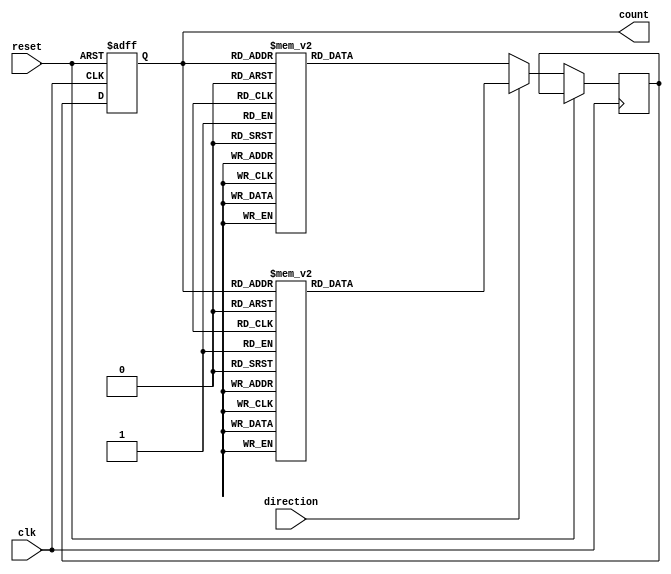
module BidirectionalGrayCounter (
    input clk,
    input reset,
    input direction,
    output reg [3:0] count
);
    
reg [3:0] next_count;

always @(posedge clk or posedge reset) begin
    if (reset) begin
        count <= 4'b0;
    end else begin
        if (direction) begin
            // Count up in Gray code
            case(count)
                4'b0000: next_count <= 4'b0001;
                4'b0001: next_count <= 4'b0011;
                4'b0011: next_count <= 4'b0010;
                4'b0010: next_count <= 4'b0110;
                4'b0110: next_count <= 4'b0111;
                4'b0111: next_count <= 4'b0101;
                4'b0101: next_count <= 4'b0100;
                4'b0100: next_count <= 4'b1100;
                4'b1100: next_count <= 4'b1101;
                4'b1101: next_count <= 4'b1111;
                4'b1111: next_count <= 4'b1110;
                4'b1110: next_count <= 4'b0110;
                default: next_count <= 4'b0000;
            endcase
        end else begin
            // Count down in Gray code
            case(count)
                4'b0000: next_count <= 4'b0001;
                4'b0001: next_count <= 4'b0000;
                4'b0011: next_count <= 4'b0001;
                4'b0010: next_count <= 4'b0011;
                4'b0110: next_count <= 4'b0010;
                4'b0111: next_count <= 4'b0110;
                4'b0101: next_count <= 4'b0111;
                4'b0100: next_count <= 4'b0101;
                4'b1100: next_count <= 4'b0100;
                4'b1101: next_count <= 4'b1100;
                4'b1111: next_count <= 4'b1101;
                4'b1110: next_count <= 4'b1110;
                default: next_count <= 4'b0000;
            endcase
        end
        count <= next_count;
    end
end

endmodule